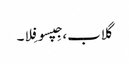
گلاب، جِپسو فِلا۔